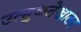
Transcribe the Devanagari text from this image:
उत्सुकतेखातर